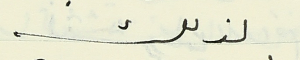
لذلك